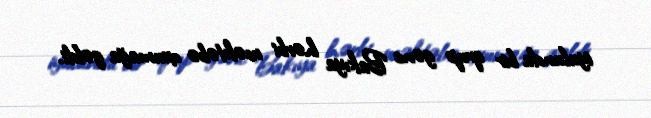
iyulunda bir qrup gənc Bakıya hərbi məktəbə oxumağa gəldi.